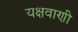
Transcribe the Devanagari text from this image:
यक्षवाणी